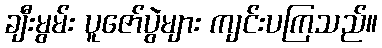
ချီးမွမ်း ပူဇော်ပွဲများ ကျင်းပကြသည်။